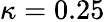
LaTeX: \kappa=0.25